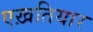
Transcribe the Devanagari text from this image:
एख़तियार